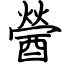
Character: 醟